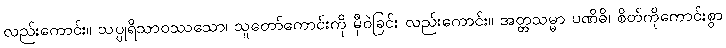
လည်းကောင်း။ သပ္ပုရိသာဝဿသော၊ သူတော်ကောင်းကို မှီဝဲခြင်း လည်းကောင်း။ အတ္တသမ္မာ ပဏိဓိ၊ စိတ်ကိုကောင်းစွာ